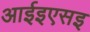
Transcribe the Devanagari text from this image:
आईइएसइ